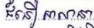
ជំនឿសាសនា